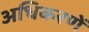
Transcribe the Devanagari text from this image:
अधिकरणें